Report on lock hospitals in British Burma
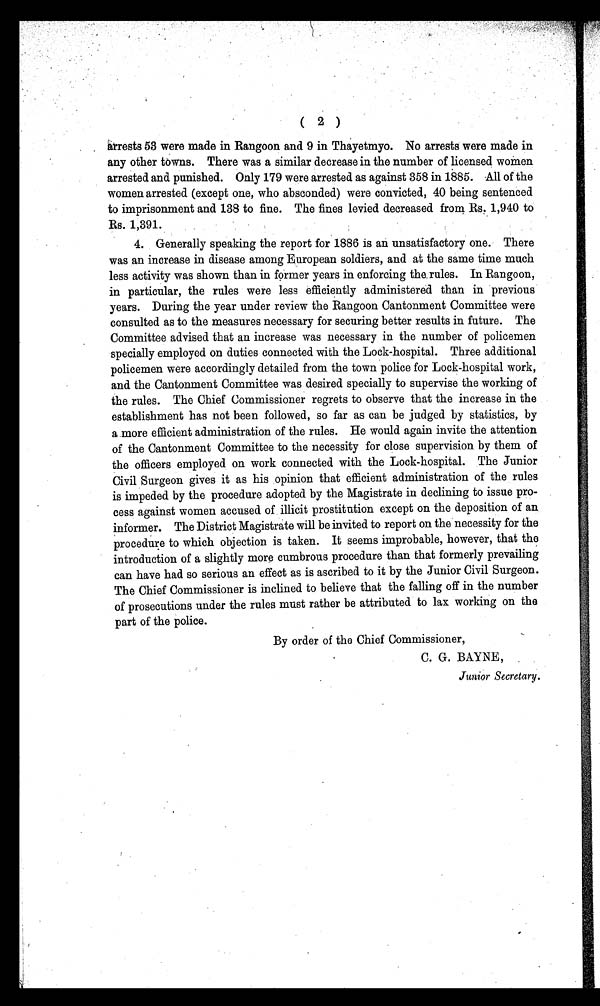
(
2 )
arrests 53 were made in Rangoon and 9 in Thayetmyo. No arrests were made in
any other towns. There was a similar decrease in the number of licensed women
arrested and punished. Only 179 were arrested as against 358 in 1885. All of the
women arrested (except one, who absconded) were convicted, 40 being sentenced
to imprisonment and 138 to fine. The fines levied decreased from Rs. 1,940 to
Rs. 1,391.
4. Generally speaking the report for 1886 is an unsatisfactory one. There
was an increase in disease among European soldiers, and at the same time much
less activity was shown than in former years in enforcing the rules. In Rangoon,
in particular, the rules were less efficiently administered than in previous
years. During the year under review the Rangoon Cantonment Committee were
consulted as to the measures necessary for securing better results in future. The
Committee advised that an increase was necessary in the number of policemen
specially employed on duties connected with the Lock-hospital. Three additional
policemen were accordingly detailed from the town police for Lock-hospital work,
and the Cantonment Committee was desired specially to supervise the working of
the rules. The Chief Commissioner regrets to observe that the increase in the
establishment has not been followed, so far as can be judged by statistics, by
a more efficient administration of the rules. He would again invite the attention
of the Cantonment Committee to the necessity for close supervision by them of
the officers employed on work connected with the Lock-hospital. The Junior
Civil Surgeon gives it as his opinion that efficient administration of the rules
is impeded by the procedure adopted by the Magistrate in declining to issue pro-
cess against women accused of illicit prostitution except on the deposition of an
informer. The District Magistrate will be invited to report on the necessity for the
procedure to which objection is taken. It seems improbable, however, that the
introduction of a slightly more cumbrous procedure than that formerly prevailing
can have had so serious an effect as is ascribed to it by the Junior Civil Surgeon.
The Chief Commissioner is inclined to believe that the falling off in the number
of prosecutions under the rules must rather be attributed to lax working on the
part of the police.
By order of the Chief Commissioner,
C. G. BAYNE,
Junior Secretary.